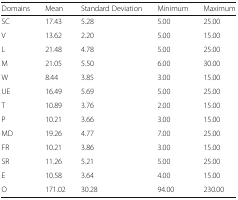
<table><thead><tr><td><b>Domains</b></td><td><b>Mean</b></td><td><b>Standard Deviation</b></td><td><b>Minimum</b></td><td><b>Maximum</b></td></tr></thead><tbody><tr><td>SC</td><td>17.43</td><td>5.28</td><td>5.00</td><td>25.00</td></tr><tr><td>V</td><td>13.62</td><td>2.20</td><td>5.00</td><td>15.00</td></tr><tr><td>L</td><td>21.48</td><td>4.78</td><td>5.00</td><td>25.00</td></tr><tr><td>M</td><td>21.05</td><td>5.50</td><td>6.00</td><td>30.00</td></tr><tr><td>W</td><td>8.44</td><td>3.85</td><td>3.00</td><td>15.00</td></tr><tr><td>UE</td><td>16.49</td><td>5.69</td><td>5.00</td><td>25.00</td></tr><tr><td>T</td><td>10.89</td><td>3.76</td><td>2.00</td><td>15.00</td></tr><tr><td>P</td><td>10.21</td><td>3.66</td><td>3.00</td><td>15.00</td></tr><tr><td>MD</td><td>19.26</td><td>4.77</td><td>7.00</td><td>25.00</td></tr><tr><td>FR</td><td>10.21</td><td>3.86</td><td>3.00</td><td>15.00</td></tr><tr><td>SR</td><td>11.26</td><td>5.21</td><td>5.00</td><td>25.00</td></tr><tr><td>E</td><td>10.58</td><td>3.64</td><td>4.00</td><td>15.00</td></tr><tr><td>O</td><td>171.02</td><td>30.28</td><td>94.00</td><td>230.00</td></tr></tbody></table>